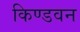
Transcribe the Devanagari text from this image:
किण्डवन